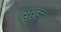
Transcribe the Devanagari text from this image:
सुरक्त